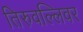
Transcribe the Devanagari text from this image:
तिरुवल्लिवर